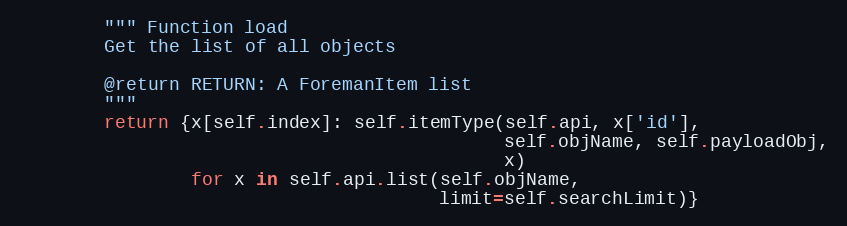
Language: Python
        """ Function load
        Get the list of all objects

        @return RETURN: A ForemanItem list
        """
        return {x[self.index]: self.itemType(self.api, x['id'],
                                             self.objName, self.payloadObj,
                                             x)
                for x in self.api.list(self.objName,
                                       limit=self.searchLimit)}